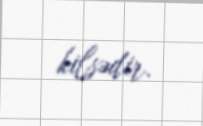
kilsədir.